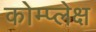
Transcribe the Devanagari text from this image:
कोम्प्लेक्ष